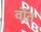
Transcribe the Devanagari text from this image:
वोंत